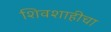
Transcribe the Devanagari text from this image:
शिवशाहीचा